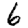
Digit: 6